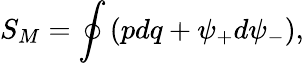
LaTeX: S_{M}=\oint\left(pdq+\psi_{+}d\psi_{-}\right),